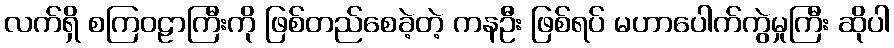
လက်ရှိ စကြဝဠာကြီးကို ဖြစ်တည်စေခဲ့တဲ့ ကနဦး ဖြစ်ရပ် မဟာပေါက်ကွဲမှုကြီး ဆိုပါ